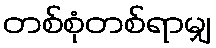
တစ်စုံတစ်ရာမျှ